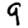
Digit: 9